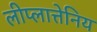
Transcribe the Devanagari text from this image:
लीप्लात्तेनिय